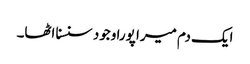
ایک دم میرا پورا وجود سنسنا اٹھا۔